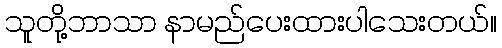
သူတို့ဘာသာ နာမည်ပေးထားပါသေးတယ်။